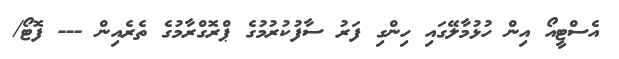
އެސްޓީއޯ އިން ހުޅުމާލޭގައި ހިންގި ފަރު ސާފުކުރުމުގެ ޕްރޮގްރާމުގެ ތެރެއިން --- ފޮޓޯ/